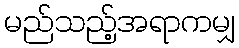
မည်သည့်အရာကမျှ